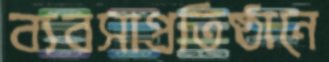
ব্যবসাপ্রতিষ্ঠানে